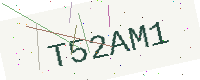
Text: T52AM1